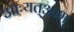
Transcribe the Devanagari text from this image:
आःयत्आभु